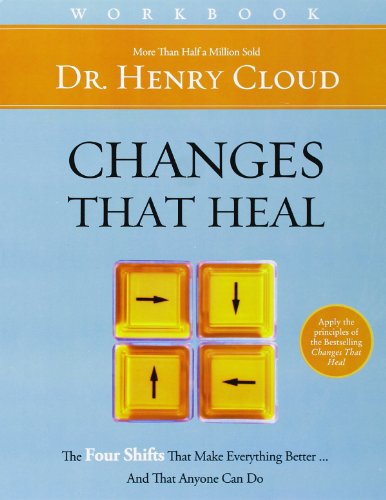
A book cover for Changes That Heal Workbook; Henry Cloud; Religion & Spirituality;